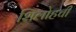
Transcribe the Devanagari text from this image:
शिलोहची